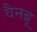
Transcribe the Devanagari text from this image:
वैनब्रू